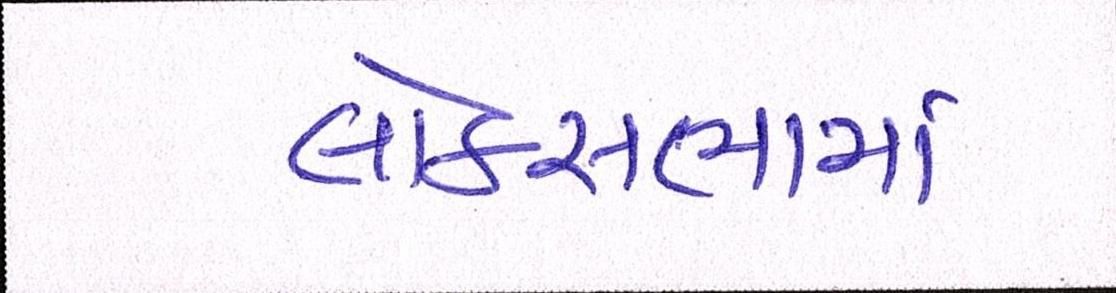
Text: લોકસભામાં